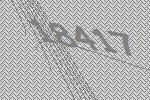
18417